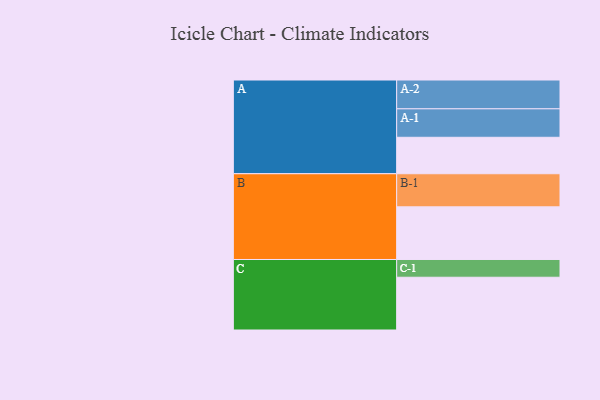
{"axis": {"x": "Segment", "y": "Value"}, "legend": ["", "A", "B", "C"], "data": [{"x": "A", "y": 306, "type": ""}, {"x": "B", "y": 442, "type": ""}, {"x": "C", "y": 443, "type": ""}, {"x": "A-1", "y": 239, "type": "A"}, {"x": "A-2", "y": 242, "type": "A"}, {"x": "B-1", "y": 278, "type": "B"}, {"x": "C-1", "y": 149, "type": "C"}]}